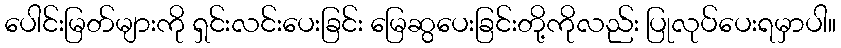
ပေါင်းမြတ်များကို ရှင်းလင်းပေးခြင်း မြေဆွပေးခြင်းတို့ကိုလည်း ပြုလုပ်ပေးရမှာပါ။